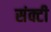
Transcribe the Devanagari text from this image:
संक्टी